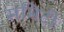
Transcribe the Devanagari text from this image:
समिटी